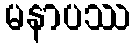
မနာပဿ